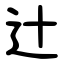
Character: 辻